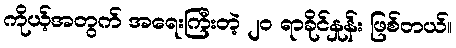
ကိုယ့်အတွက် အရေးကြီးတဲ့ ၂၀ ရာခိုင်နှုန်း ဖြစ်တယ်။